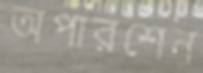
অপারশেন